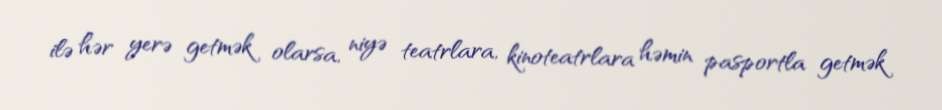
ilə hər yerə getmək olarsa, niyə teatrlara, kinoteatrlara həmin pasportla getmək